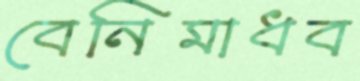
বেনিমাধব